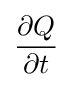
{\big .}{\frac {\partial Q}{\partial t}}{\big .}